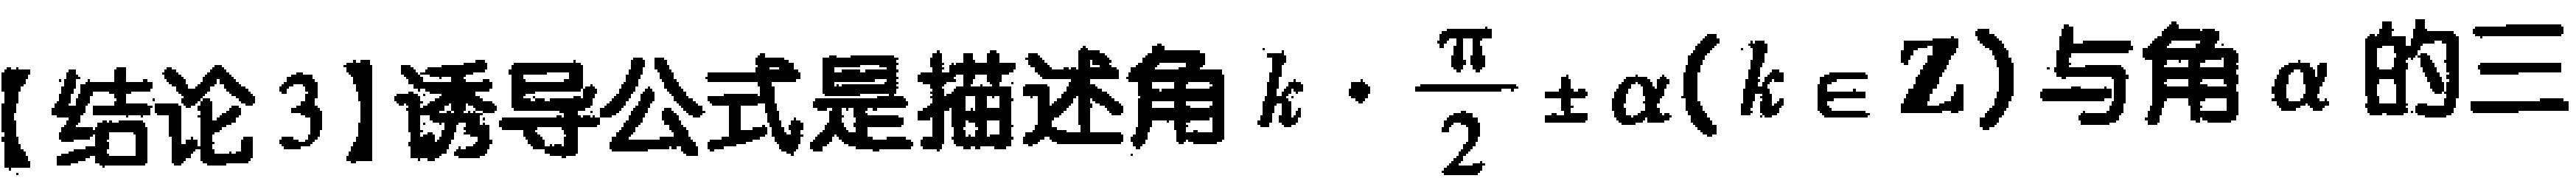
【结论3】诱导公式是描述角 \(k\cdot\frac{\pi}{2}\pm\alpha(k\in\mathbb{Z})\) 与角 \(\alpha\) 的三